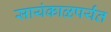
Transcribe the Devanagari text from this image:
सायंकाळपर्यंत